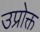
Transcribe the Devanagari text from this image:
उप्रोक्त